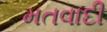
મતવાદી